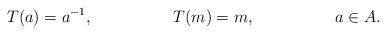
LaTeX: \begin{align*} T(a)=a^{-1}, && T(m)=m, && a\in A. \end{align*}